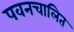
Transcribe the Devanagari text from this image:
पवनचालित